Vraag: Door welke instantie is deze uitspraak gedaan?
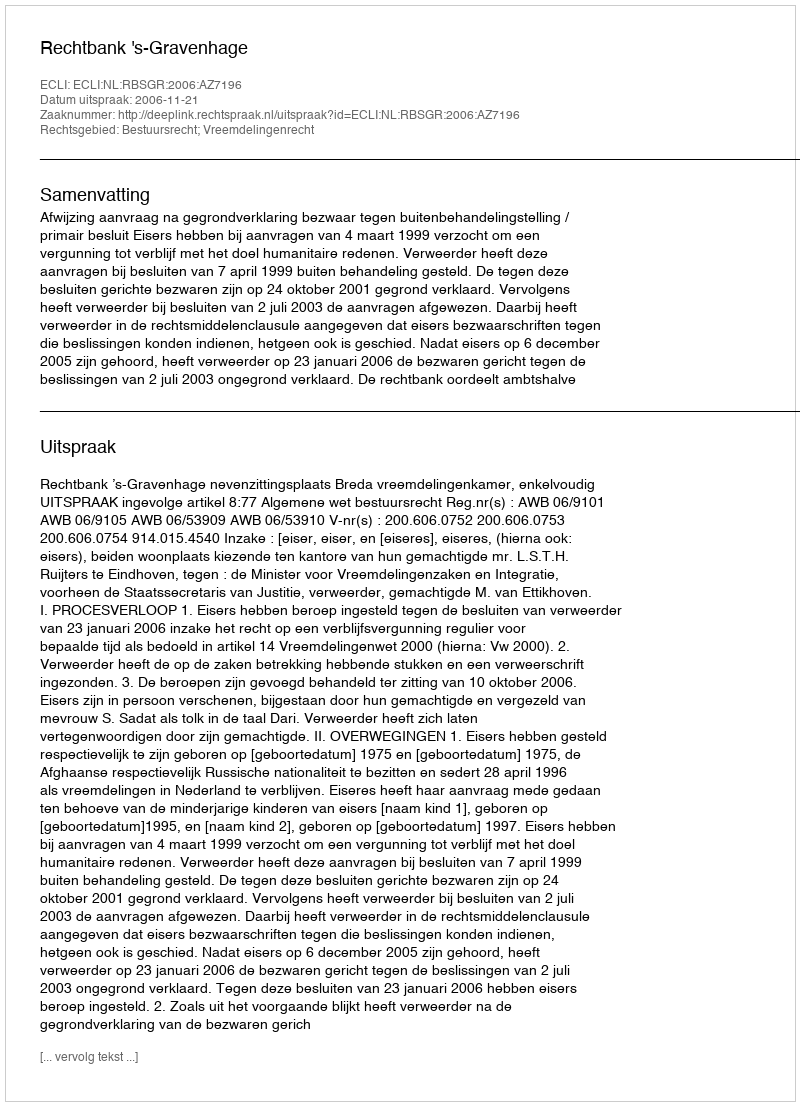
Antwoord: Rechtbank 's-Gravenhage